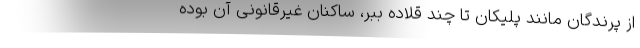
از پرندگان مانند پلیکان تا چند قلاده ببر، ساکنان غیرقانونی آن بوده